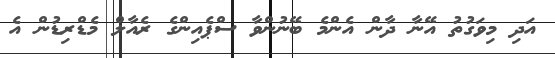
އަދި މިވަގުތު އޭނާ ދާން އެންމެ ބޭނުންވާ ސްޕެއިންގެ ރެއާލް މެޑްރިޑުން އެ